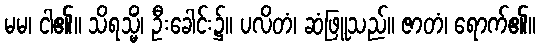
မမ၊ ငါ၏။ သိရသ္မိံ၊ ဦးခေါင်း၌။ ပလိတံ၊ ဆံဖြူသည်။ ဇာတံ၊ ရောက်၏။